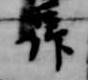
仰